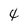
Character: 4